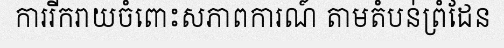
ការរីករាយចំពោះសភាពការណ៍ តាមតំបន់ព្រំដែន